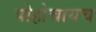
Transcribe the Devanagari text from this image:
पोहोचायच